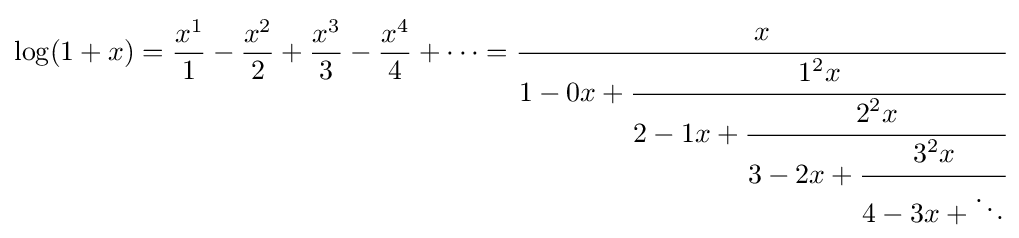
\log(1+x)={\frac {x^{1}}{1}}-{\frac {x^{2}}{2}}+{\frac {x^{3}}{3}}-{\frac {x^{4}}{4}}+\cdots ={\cfrac {x}{1-0x+{\cfrac {1^{2}x}{2-1x+{\cfrac {2^{2}x}{3-2x+{\cfrac {3^{2}x}{4-3x+\ddots }}}}}}}}